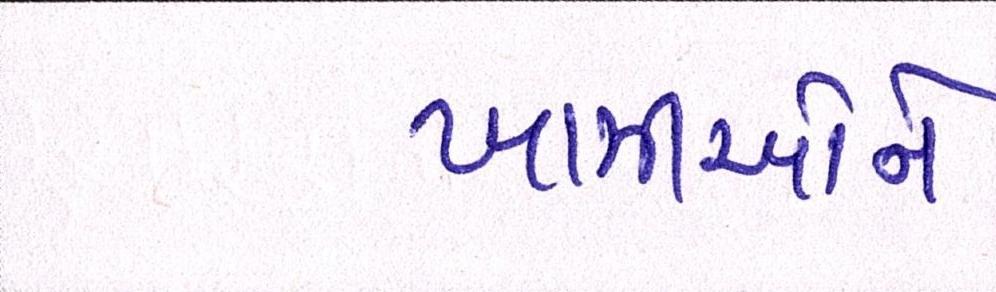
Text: ખામીઓને